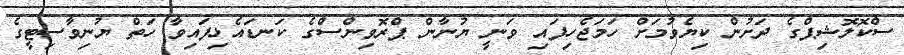
ސްކޮލޮޝިޕްގެ ދަށުން ކިޔެވުމަށް ހަމަޖެހިފައި ވަނީ ޔުނާން ޕްރޮވިންސްގެ ކަނޑައެޅިފައިވާ ހަތް ޔުނިވާސިޓީގެ